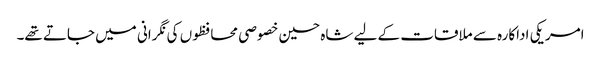
امریکی اداکارہ سے ملاقات کے لیے شاہ حسین خصوصی محافظوں کی نگرانی میں جاتے تھے۔